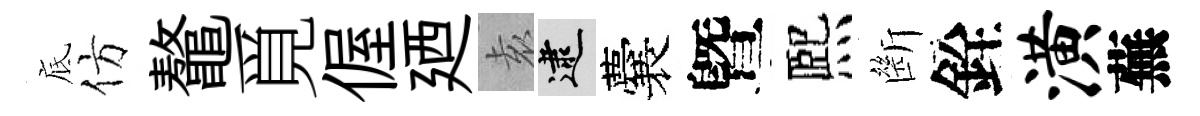
底仿鼇覓偓廼𡊮逮囊曁熈㫁銓潢蕪